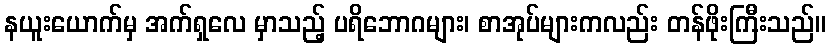
နယူးယောက်မှ အက်ရှလေ မှာသည့် ပရိဘောဂများ၊ စာအုပ်များကလည်း တန်ဖိုးကြီးသည်။